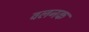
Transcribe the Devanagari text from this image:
वलनक